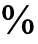
%